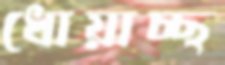
ধোয়াচ্ছ